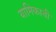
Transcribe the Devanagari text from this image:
यामिकाची